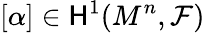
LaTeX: [\alpha]\in{\mathsf{H}}^{1}(M^{n},{\mathcal F})